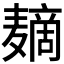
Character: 𱋪